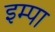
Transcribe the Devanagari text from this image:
इम्पा